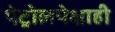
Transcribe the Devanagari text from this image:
पेट्रोलपेक्षाही